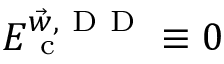
E _ { \mathrm { ~ c ~ } } ^ { \vec { w } , { \mathrm { ~ D ~ D ~ } } } \equiv 0